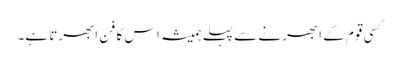
کسی قوم کے ابھرنے سے پہلے ہمیشہ اس کا فن ابھرتا ہے۔